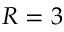
R = 3